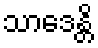
သာဒေန္တိ